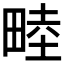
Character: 𪽘